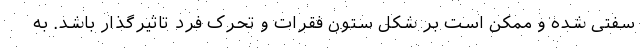
سفتی شده و ممکن است بر شکل ستون فقرات و تحرک فرد تاثیرگذار باشد. به